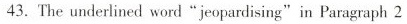
43.The underlined word "jeoparising"in Paragraph 2